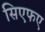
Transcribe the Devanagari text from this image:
सिएफए